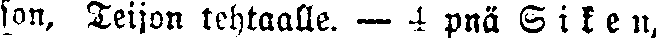
son, Teijon tehtaalle. — 4 pnä S i k e n,